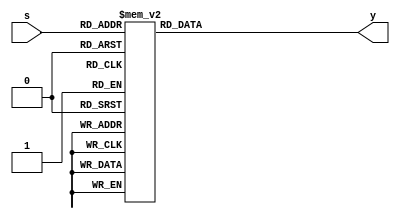
module decoder_3_8(
  input [2:0] s,
  output [7:0] y
);

reg [7:0]y;
always@(s)
case(s)
  3'b000 : y<= 8'b00000001;
  3'b001 : y<= 8'b00000010;
  3'b010 : y<= 8'b00000100;
  3'b011 : y<= 8'b00001000;
  3'b100 : y<= 8'b00010000;
  3'b101 : y<= 8'b00100000;
  3'b110 : y<= 8'b01000000;
  3'b111 : y<= 8'b10000000;
endcase
endmodule